Bréfritari: Benedikt Hálfdanarson
Dagsetning: A-1881-10-23
Skrifað á: Vesturheimi

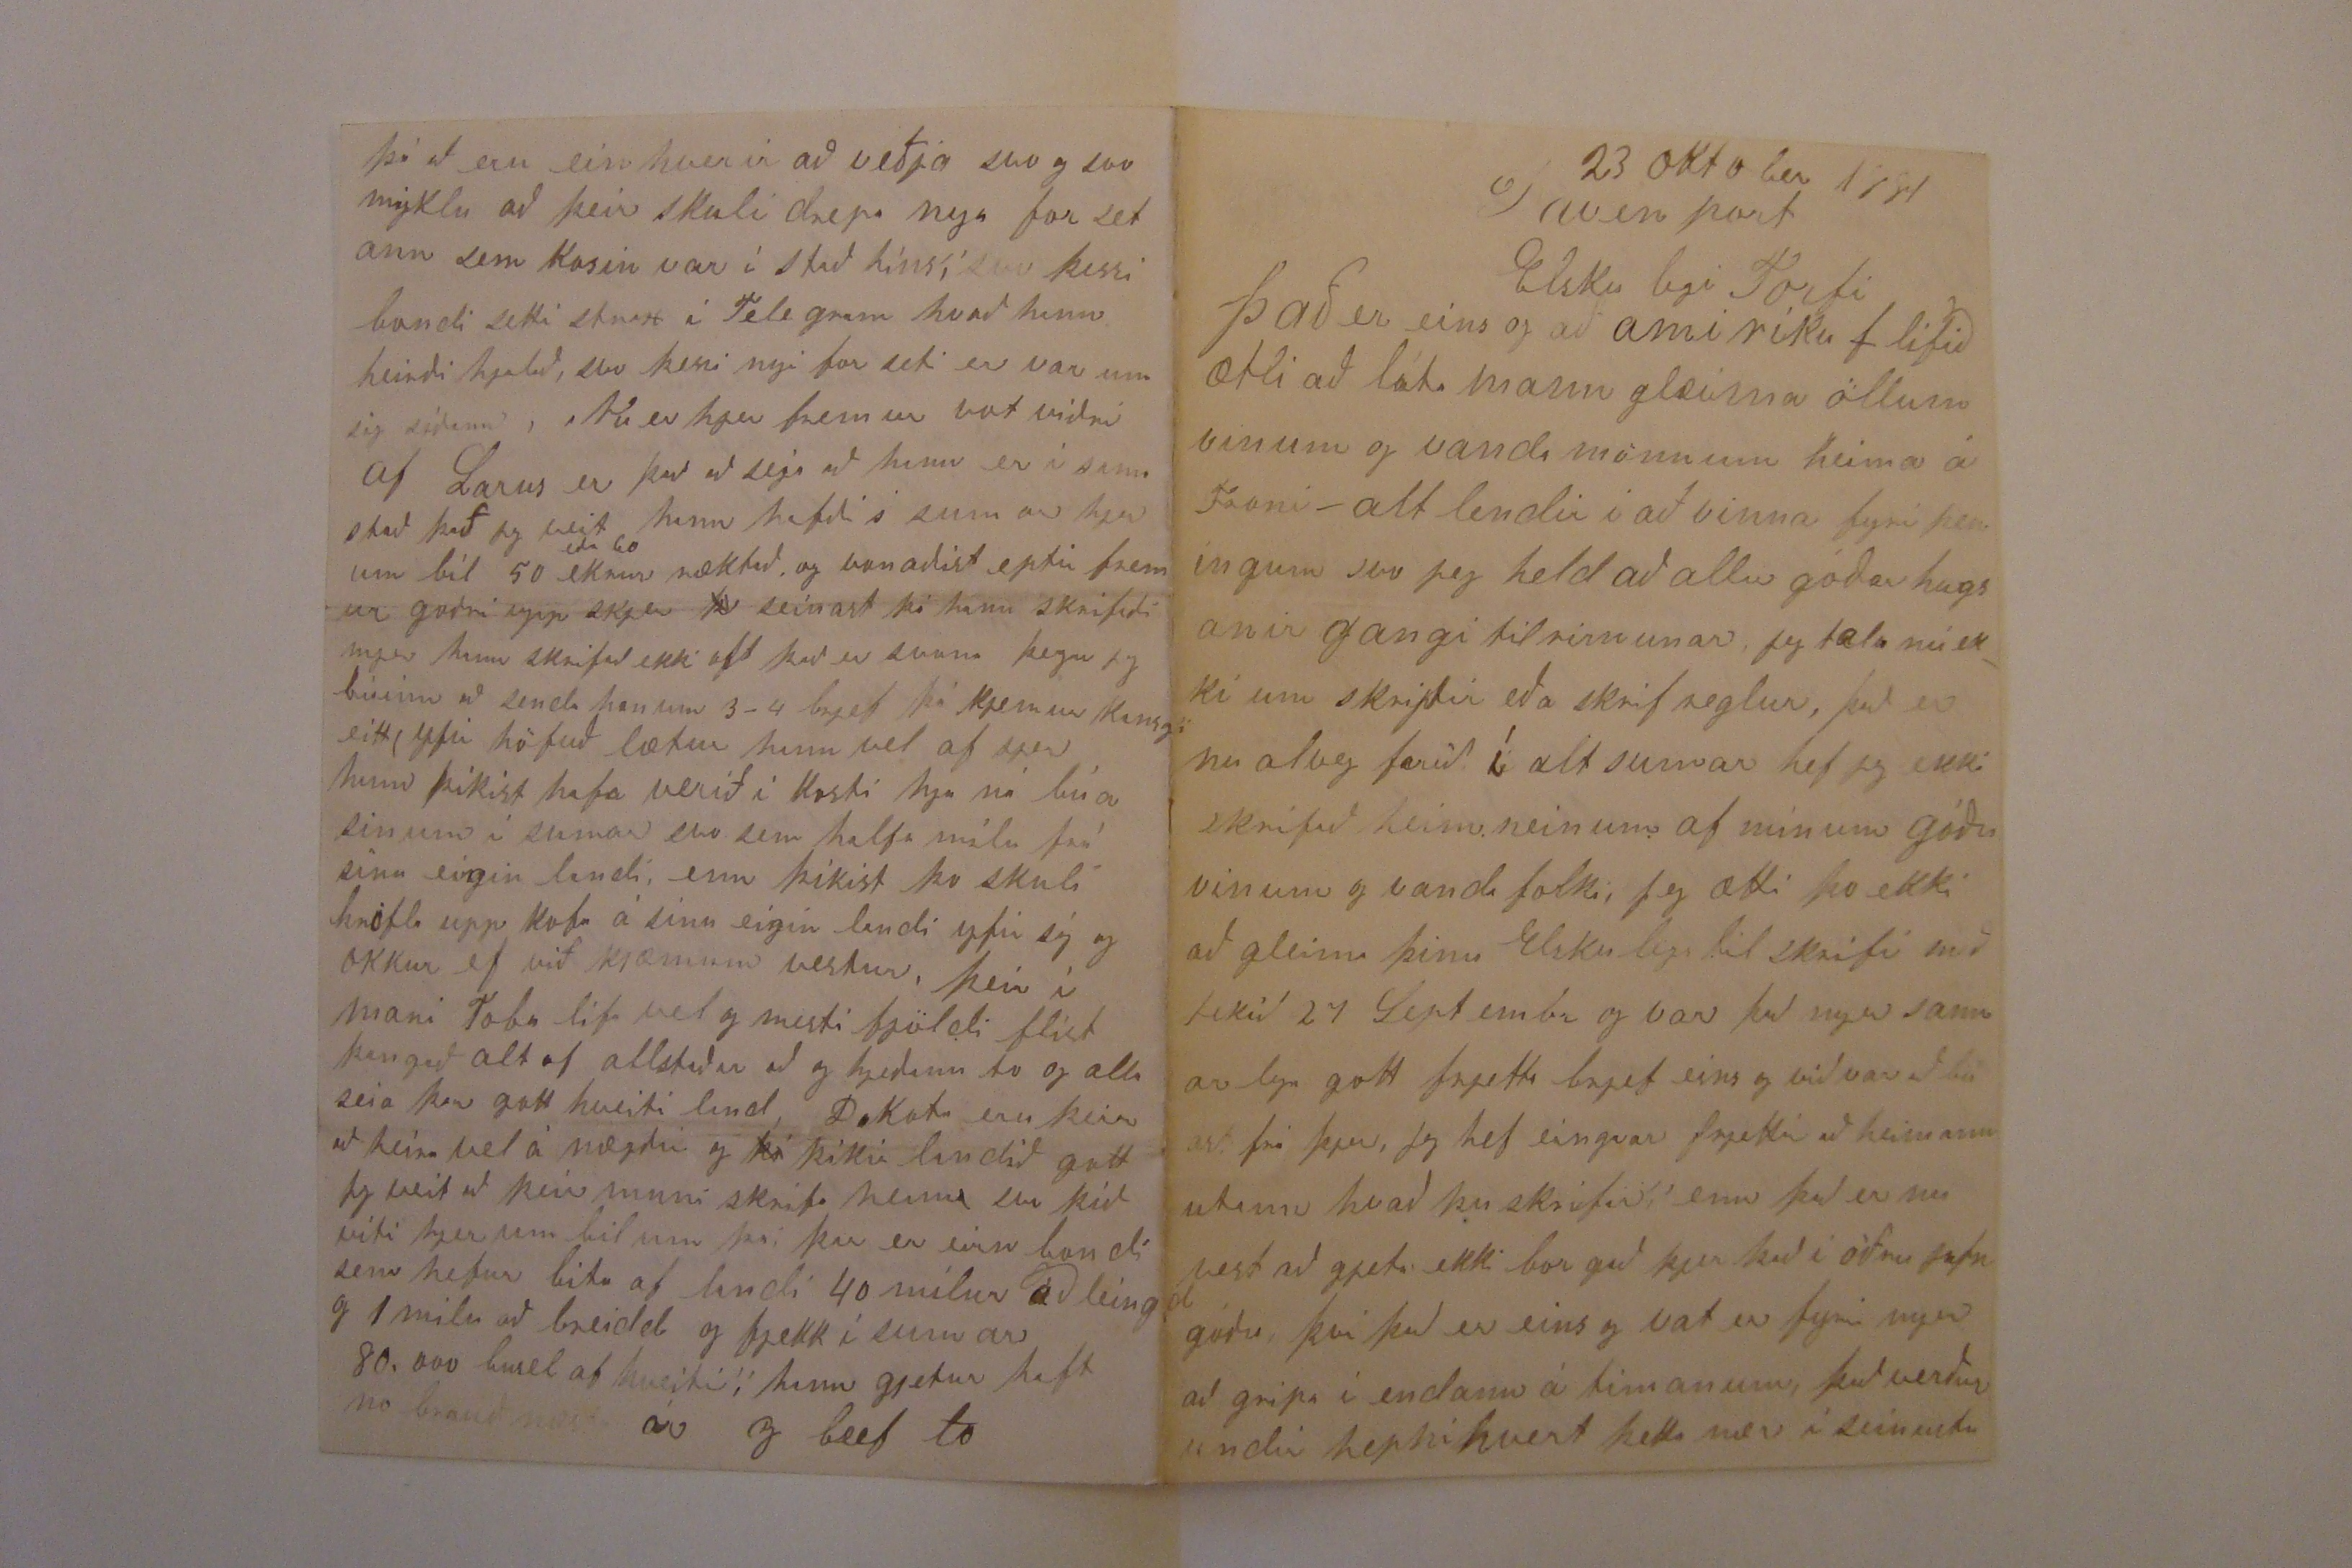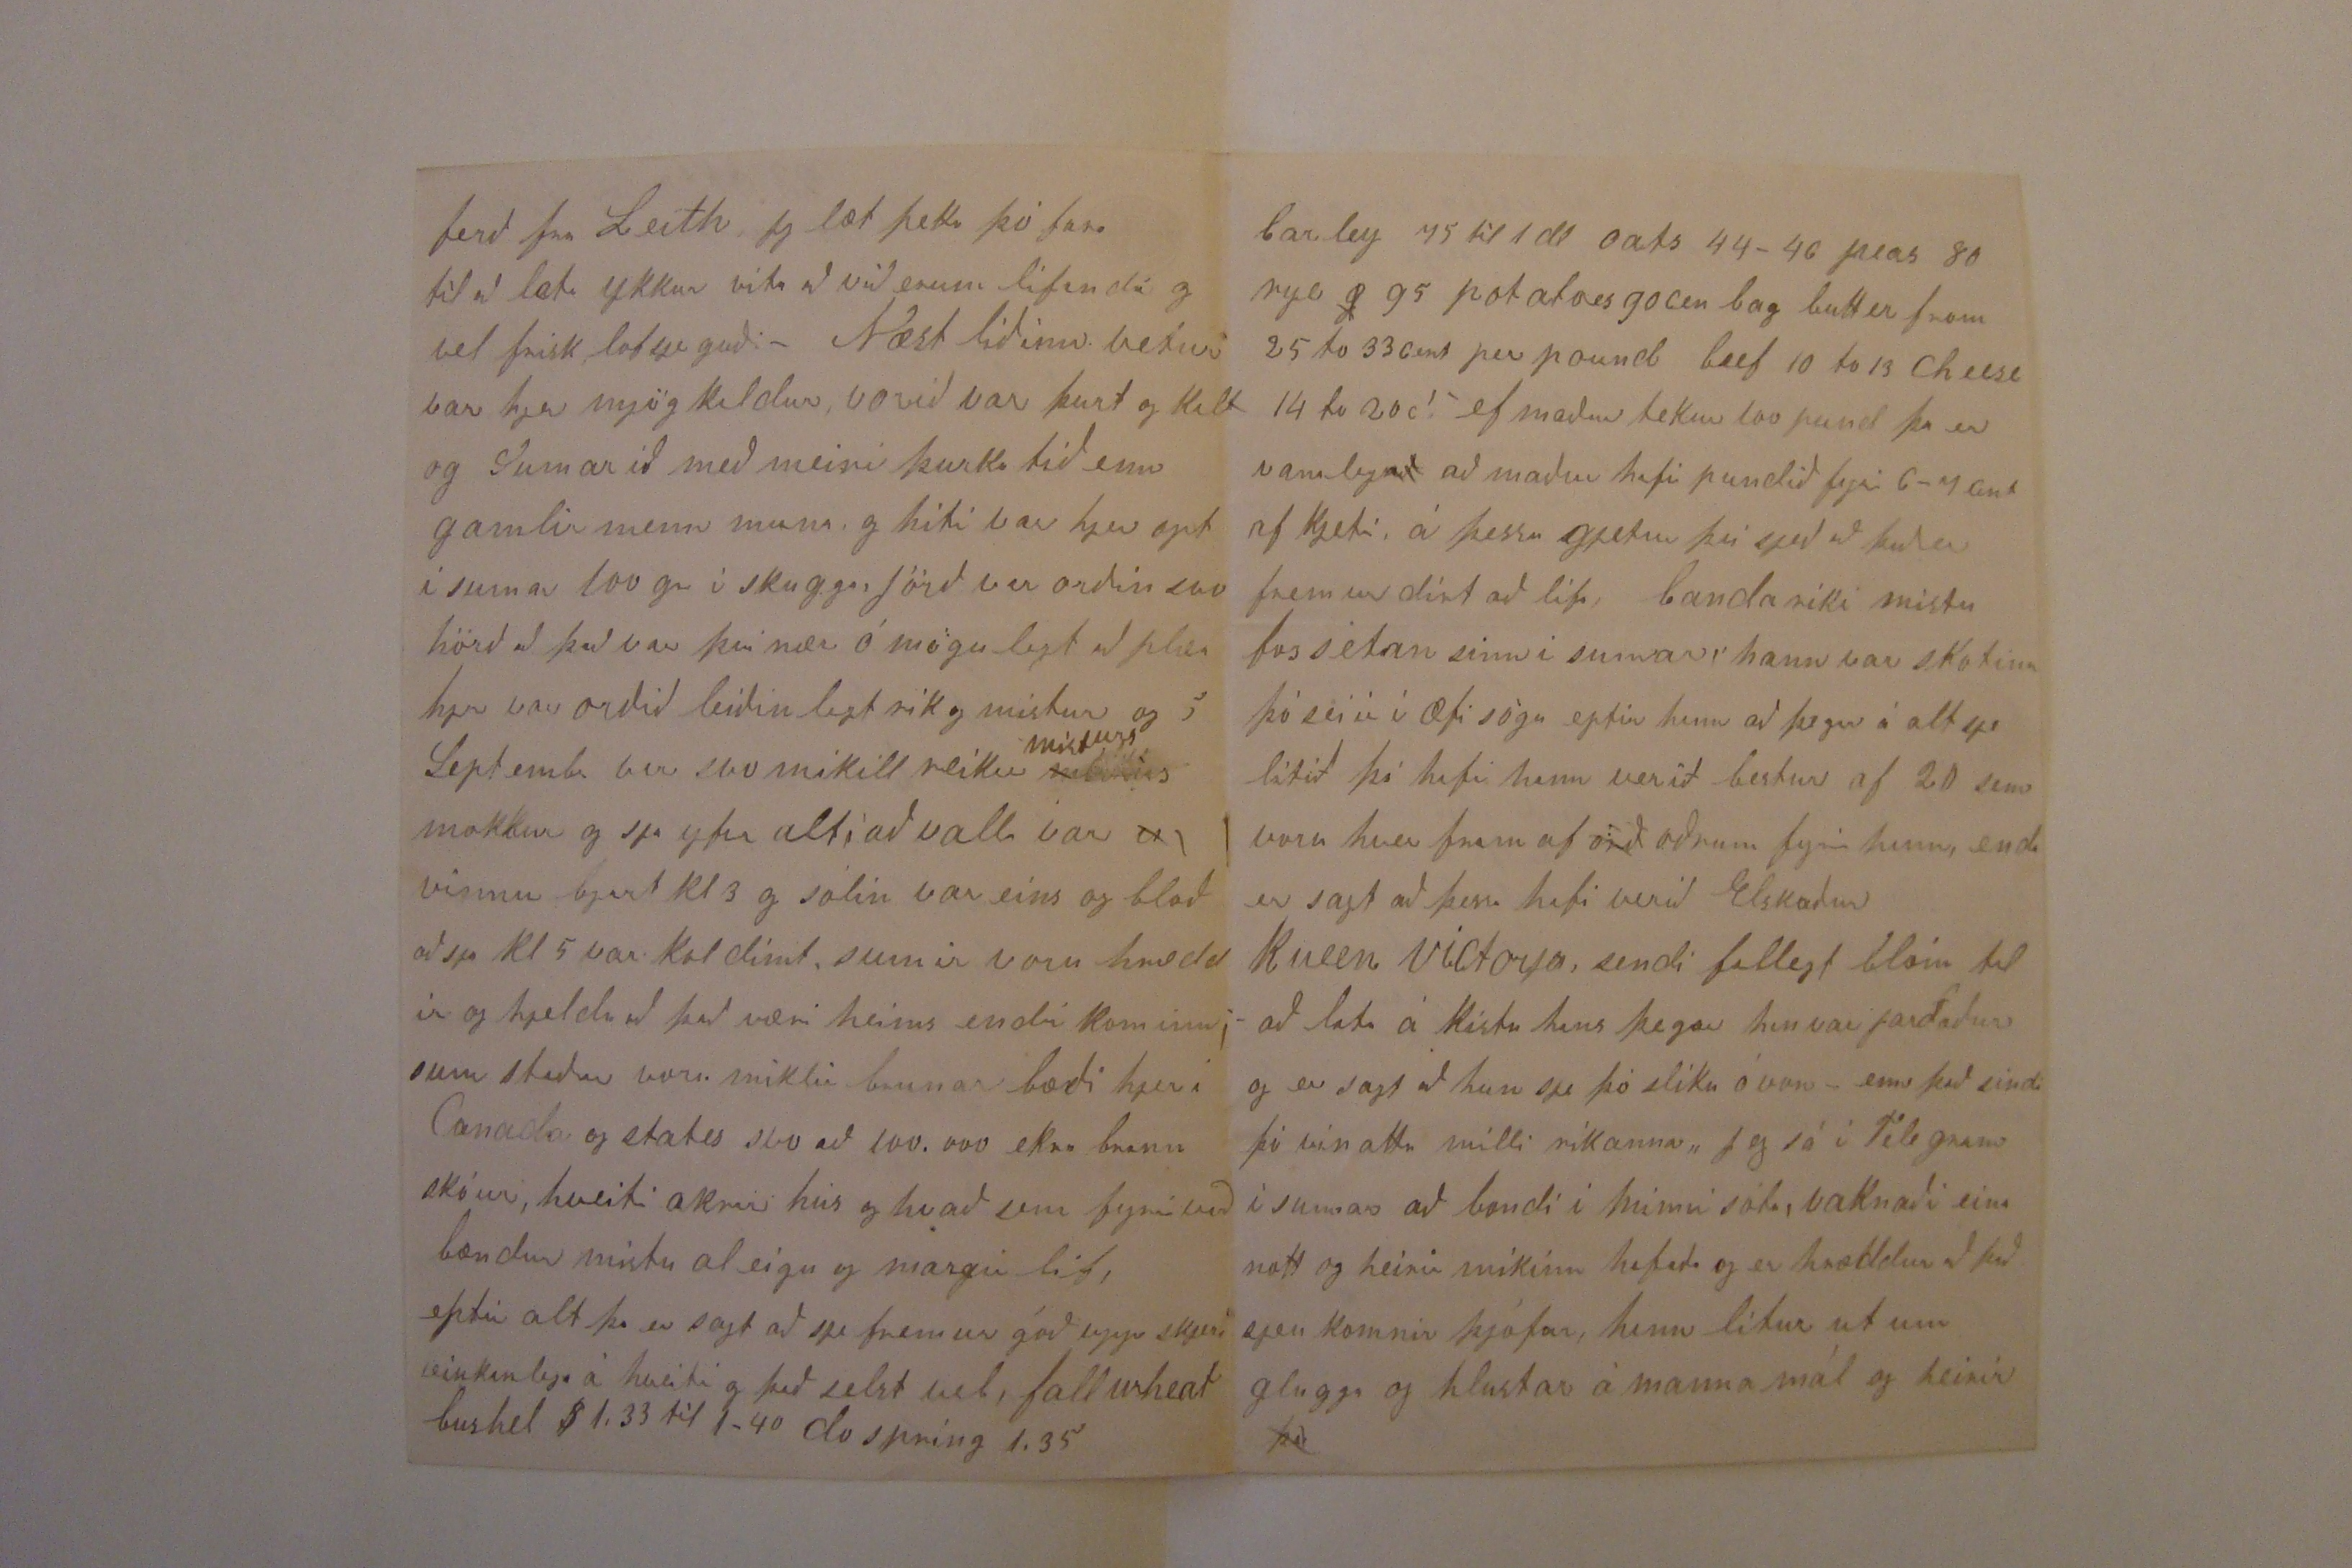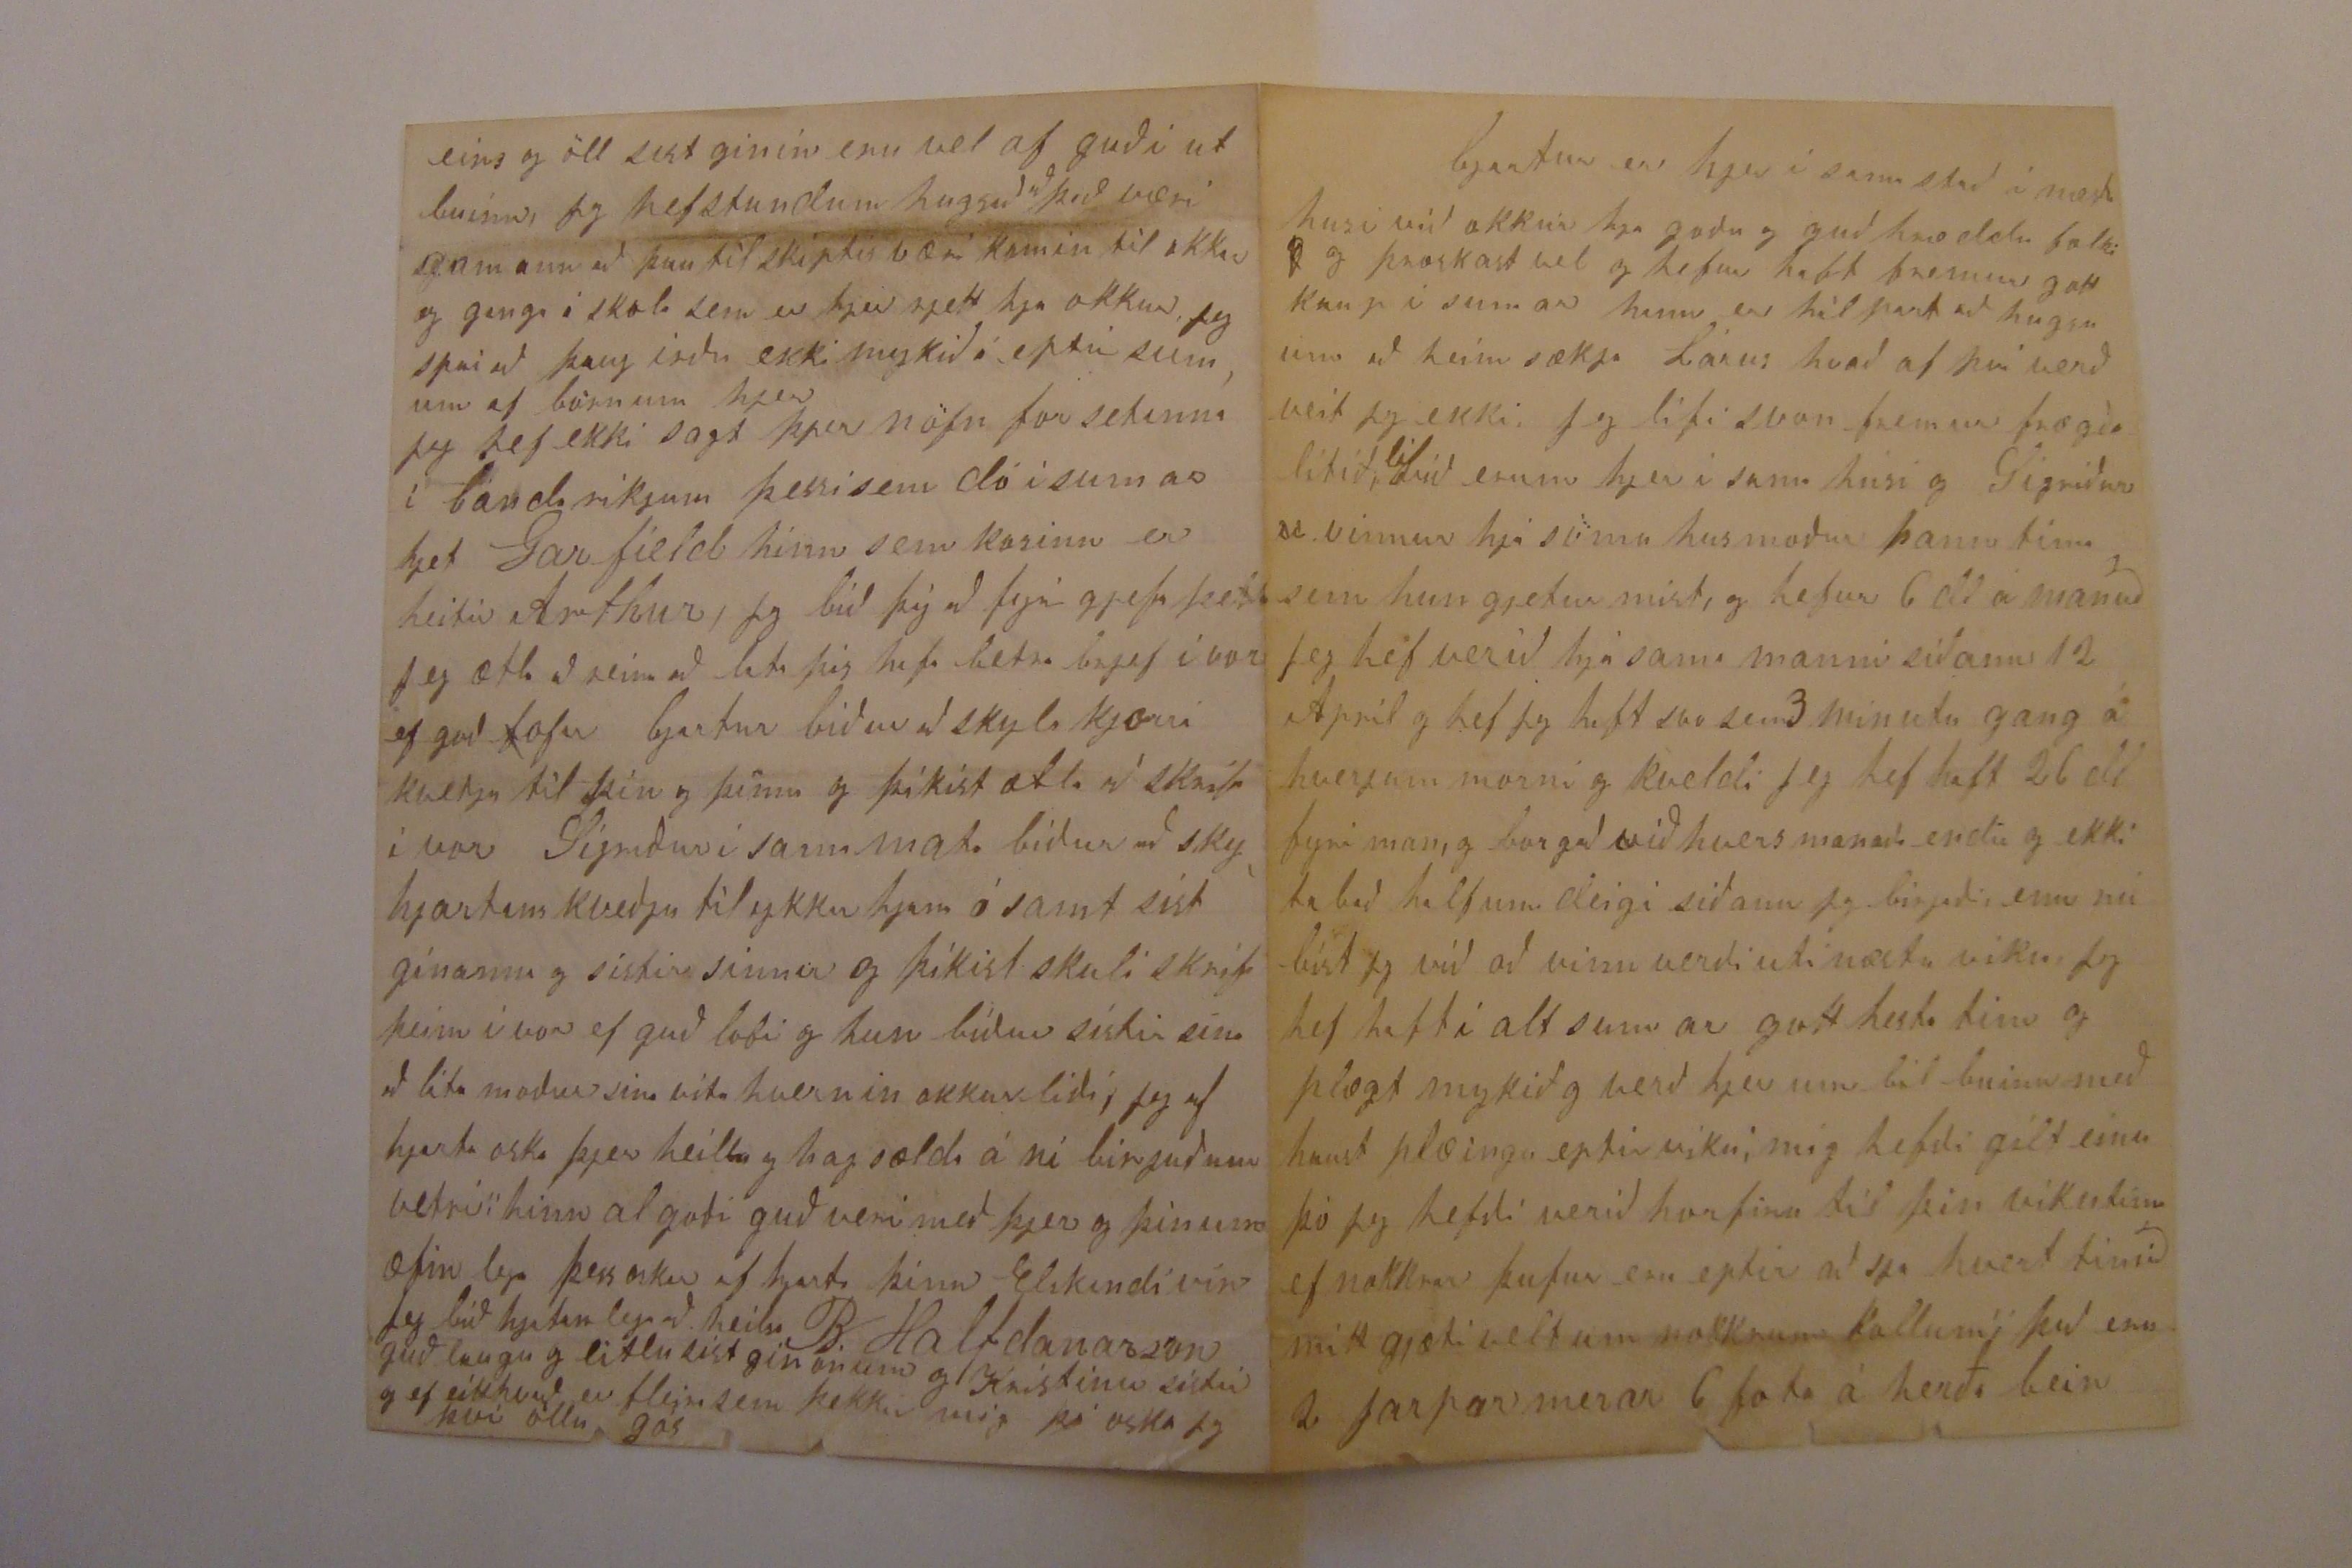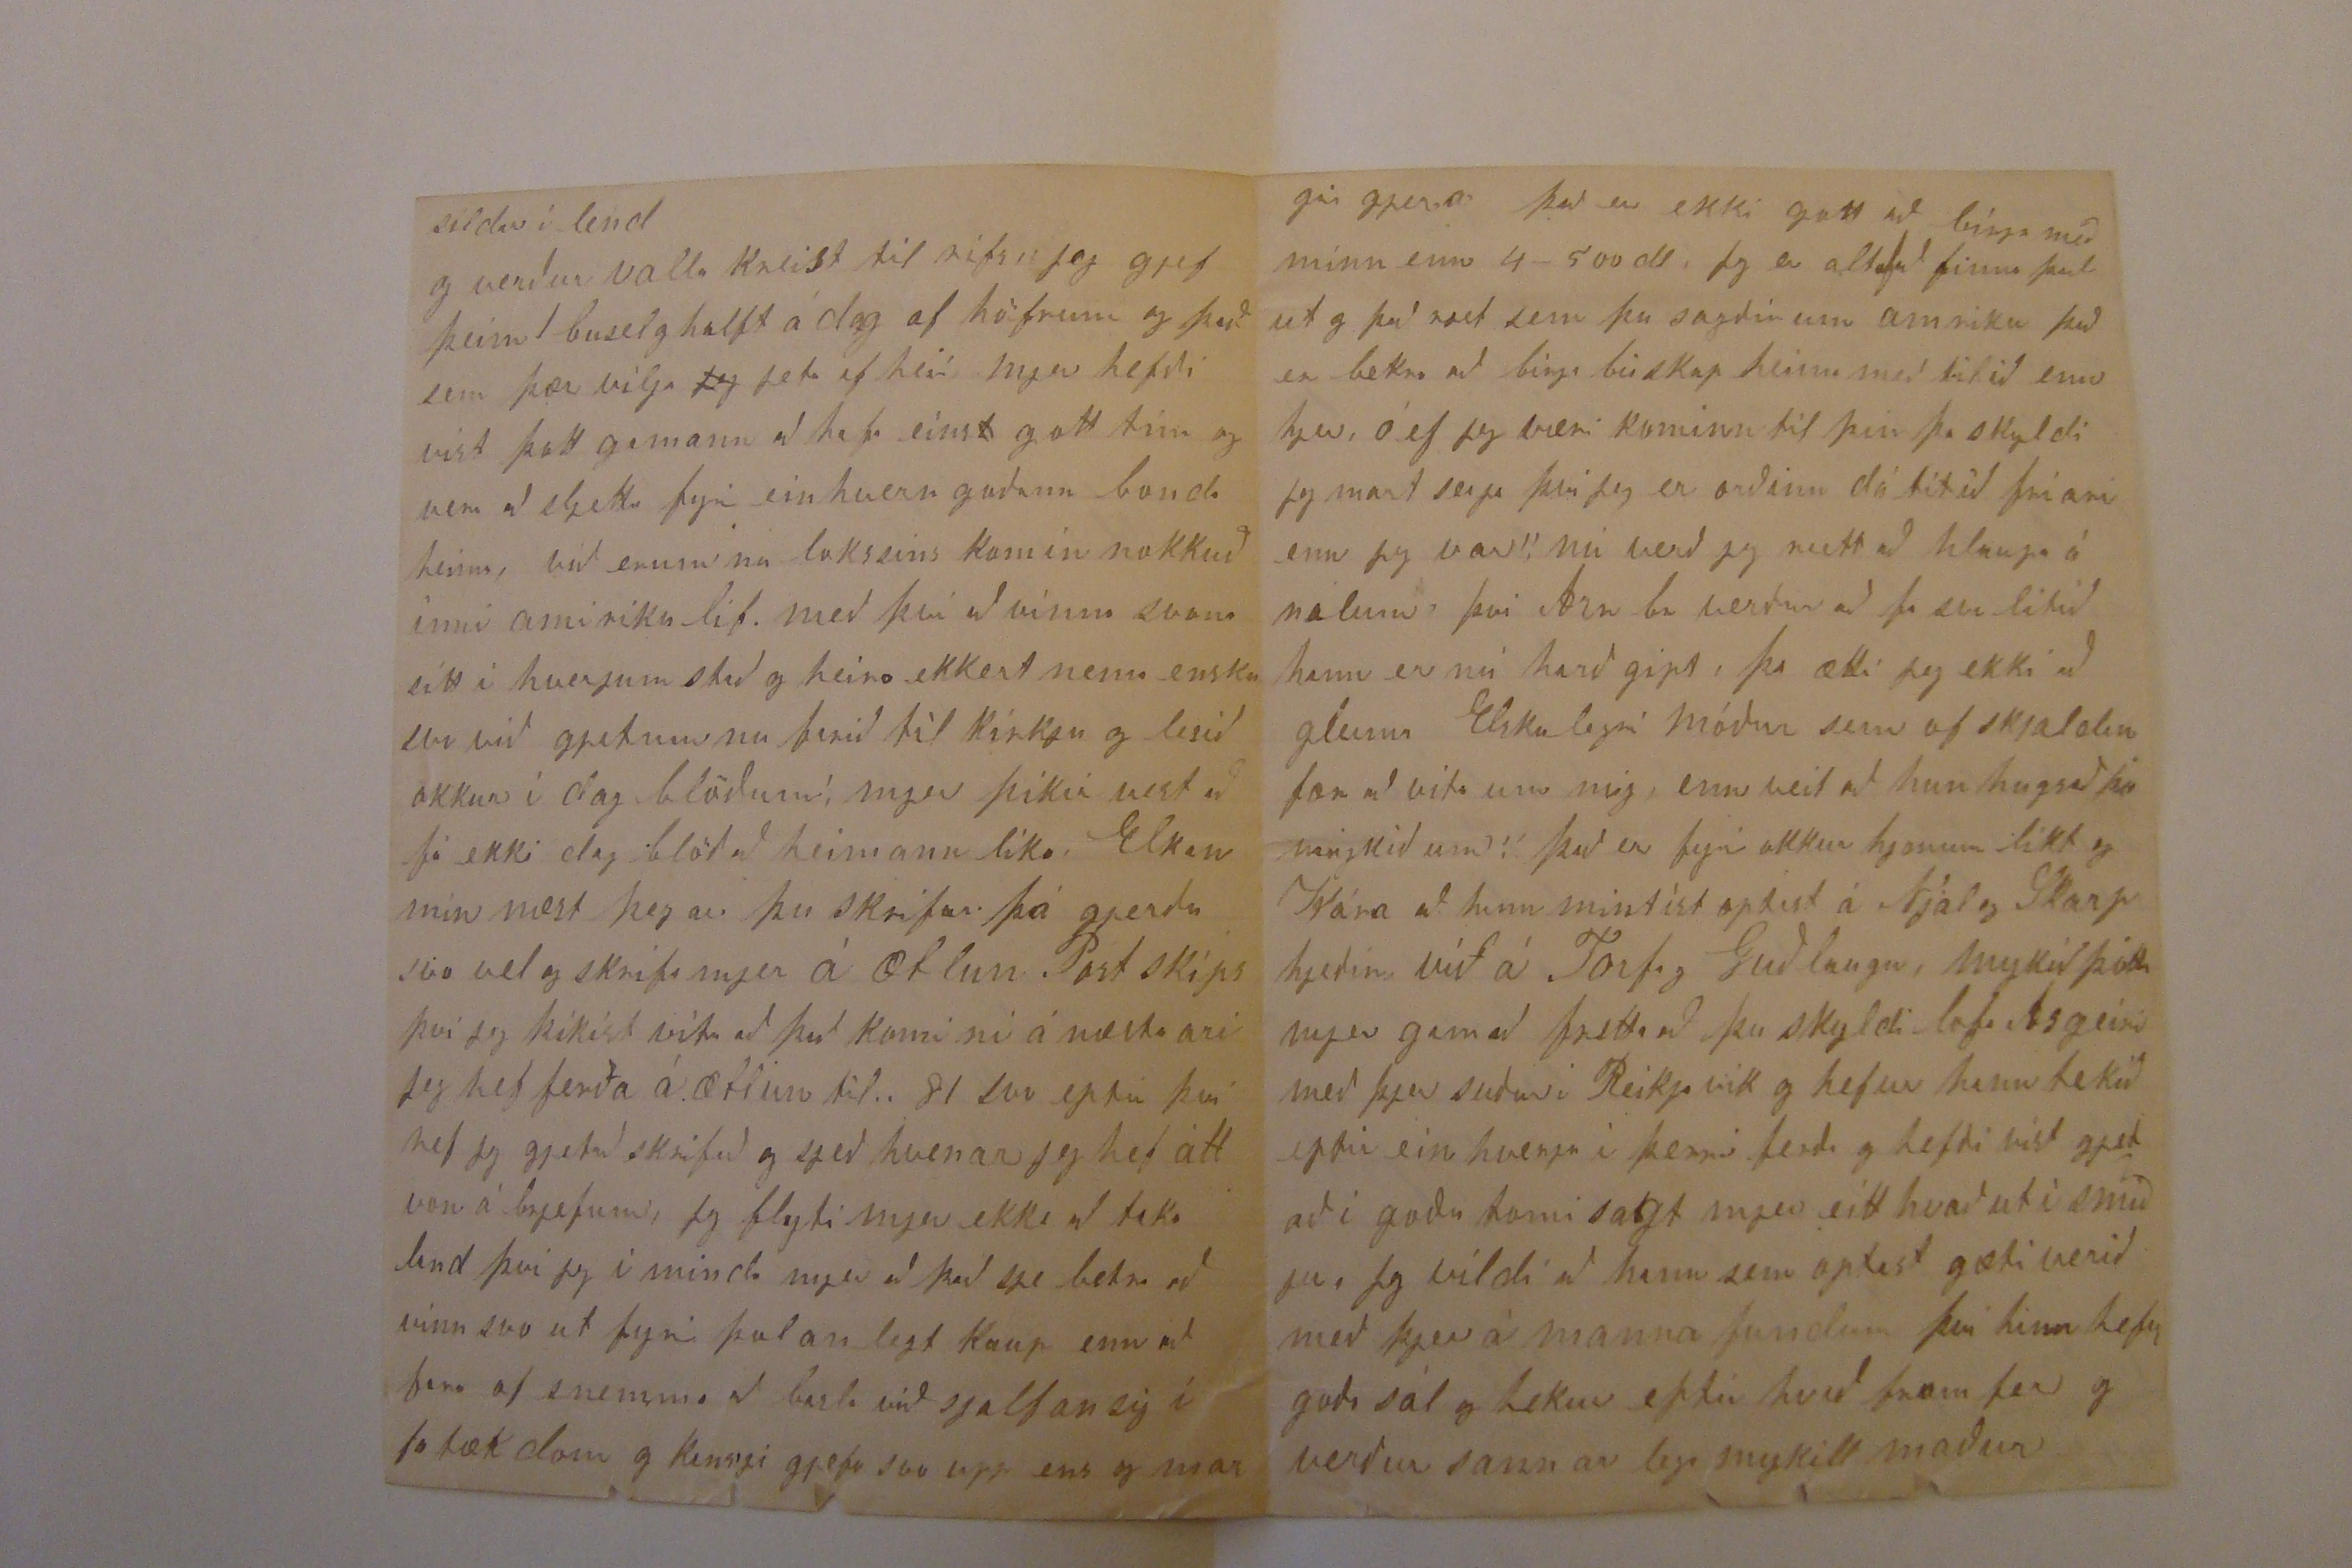

23 Október 1881
Davenport
Elskulegi Torfi
Það er eins og að amiríku
f
lífið ætli að láta mann gleima öllum vinum og vandamönnum heima á Froni - alt lendir í að vinna fyrir peningum svo jeg held að allar góðar hugsanir gangi til rírnunar, jeg tala nú ekki um skriptir eða skrifreglur, það er nu alveg farið í alt sumar hef jeg ekki skrifað heim neinum af mínum góðu vinum og vandafolki, jeg ætti þo ekki að gleima þínu Elskulega tilskrifi með tekið 27 September og var það mjer sannarlega gott frjettabrjef eins og við var að búast frá þjer, jeg hef eingvar frjettir að heimann utann hvað þu skrifaði enn það er nu vest að gjeta ekki borgað þjer það í öðru jafn góðu, því það er eins og
vat
er fyrir mjer að gripa í endann á tímanum það verður undir heppi hvert þetta nær í seinustu
ferð frá Leith jeg læt þetta þó fara til að láta ykkur vita að við erum lifandi og vevl frísk lof sje guði - Næstliðinn vetur var hjer mjög kaldur vorið var þurt og kalt og Sumarið með meiri þurka tíð enn gamlir menn muna og hiti var hjer opt í sumar 100 gr í skugga, jörð var orðin svo hörð að það var því nær ómögulegt að plæa hjer var orðið leiðinlegt rik og mistur og 5 September var svo mikill reikur
00000
misturs
mokkur og sja yfir alt í að valla var
00
vinnu
bjart kl 3 og sólin var eins og blað að sja kl 5 var koldimt, sumir voru hræddir og hjeldu að það væri heims endir kominn, - að sum staðar voru miklir brunar bæði hjer í Canada og states svo að 100.000 ekra brann skóur, hveiti akrar hús og hvað sem fyrir varð bændur mist aleigu og margir líf, eptir alt þa er sagt að sje fremur góð uppskjera einkanlega á hveiti og það selst vel, fall wheat bushel $ 1.33 til 1-40 do spring 1.35
barley 75 til 1 dl oats 44-46 peas 80 rye
g
95 potatoes 90 cen bag butter from 25 to 33 cent per pound beef 10 to 13 Cheese 14 to 20 c ef maður tekur 100 pund þa er vanaleg
ast
að maður hafi pundið
þrjár
6-7 cent af kjeti á þessu gjetur þú sjeð að það er fremur dírt að lifa bandaríki mistu fosetan sinn í sumar hann var skotinn þó seiir í æfisögu eptir hann að þegar á alt sje litið þá hafi hann verið bestur af 20 sem voru hver fram af
örð
öðrum fyrir hann, enda er sagt að þessi hafi verið Elskaður
Kuenn Victoria sendi fallegt blóm til að lata á kistu hans þegar han var jarðaður og er sagt að hun sje þó slíku ónon - enn það síndi þó vinattu milli ríkanna, jeg sá í Telegram í sumar að bondi í Minnisóta, vaknaði eina nott og heiri mikinn hafaða og er hræddur að það sjeu komnir þjófar hann lítur ut um glugga og hlustar á mannamál og heiri
þa
þó að eru einhverir að veðja svo og svo myklu að þeir skuli drepa nua forsetann sem kosin var í stað hins, þessi bondi setti strax í Telegram hvað hann heirði hjalað, svo þessi nyi forseti er var um sig síðan, Nú er hjer fremur votviðri af Larus er það að sega að hann er í sama stað það jeg veit hann hafði í sumar hjer um bil 50
eða 60
ekrur ræktað, og vonaðist eptir fremur goðri uppskjer
þ
seinast þá hann skrifaði mjer hann skrifað ekki oft það er svona þegar jeg
búinn
að senda honum 2-4 brjef þá kjemur kansgi eitt yfir höfuð lætur hann vel af sjer hann þikist hafa verið í kosti hjá ná búa sínum í sumar svo sem halfa mílu frá sínu eigin landi enn þikist þo skuli hrofla upp
kofa
á sínu eigin landi yfir sig og okkur ef við kjæmum vestur, þeir í mani Toba lifa vel og mesti fjöldi flist þangað altaf allstaðar að og hjeðann
to
og alli seia þar gott hveiti land, Dakota eru
þeir
að heira vel á nægðir og
þó
þikir landið gott jeg veit að þeir muni skrifa heim svo þið viti hjer um bil um það þar er eirn bondi sem hefur bita af landi 40 mílur að leingd og 1 mílu að breidd og fjekk í sumar 80.000 busel af hveiti. hann gjetur haft 0000000000000 ár og beef to
bjartur er hjer í sama stað í næsta húsi við okkur hja goðu og guðhræddu folki
g
og þroskast vel og hefur haft fremur gott kaup í sumar hann er hálpart að hugsa um að heimsækja Lárus hvað af því verð veit jeg ekki Jeg lifi svon fremur frægða lítið
lif
við erum hjer í sama húsi og Sigríður 00 vinnur hjá sömu husmoður þann tíma sem hun gjetur mist, og hefur 6 dl á mánuð Jeg hef verið hjá sama manni síðann 12 Apríl og hef jeg haft svo sem 3 mínutu gang á hverjum morni og hveldi jeg hef haft 25 dl fyrir man, og borgað við hvers manaða endir og ekki tabað hálfum deigi síðann jeg birjaði enn nú bíst jeg við að vinn verði uti næstu vikur Jeg hef haft í alt sumar gott hesta tim og plægt mykið og verð hjer um bil buinn með haust plæingu eptir viku, mig hefði gilt einu þó jeg hefði verið horfinn til þín vikutíma ef nokkrar þufur eru eptir að sja hvert timið mitt gæti velt um nokkrum kollum, það eru 2 jarpar merar 6 fota á herða bein
sildar
í lend
og verður valla kreist til
rifru
jeg gjef þeim 1 busel g halft á dag af höfrum og það sem þær vilja
jeg
jeta af heii mjer hefði víst þott gamann að hafa eins
t
gott tím og veri að sljettu fyrir einhvern goðann bonda heima, við erum nu loksins komin nokkuð inní amiríku líf með því að vinna svona sitt í hverjum stað og heira ekkert nema ensku svo við gjetum nu farið til kirkju og lesið okkur í dagblöðum mjer þikir vest að fá ekki dag blöð að heimann líka Elskan mín næst þegar þu skrifar þá gjerðu svo vel og skrifa mjer á ætlun Post skips því jeg þikist vita að það komi nú á næsta ári jeg hef ferða áætlun til.. 81 svo eptir því hef jeg gjetað skrifað og sjeð hvenær jeg hef átt vona á brjefum, jeg fluti mjer ekki að taka land því jeg íminda mjer að það sje betra að vinna svo ut fyrir þolanlegt kaup enn að fara of snemma að basla við sjalfan sig í fatækdom og kansgi gjefa svo upp ens og mar
gir gjera það er ekki gott að bigga
nu
minn enn
4-500 dl, jeg er altaf
að
finna það ut, og
það
rjet sem þu sagðir um amríku það er betra að birja búskap heima með lítið enn hjer, ó ef jeg væri kominn til þín þa skyldi jeg mart seiga því jeg er orðinn dálítið fríari enn jeg var, nú verð jeg rjett að hlaupa á
nálina
því Arn br verður að fa svo lítið hann er nú harðgipt, þa ætti jeg ekki að gleima Elskulegri móður sem of sjaldan fær að vita um mig, enn veit að hun hugsað þó mykið um, það er fyrir okkur hjonum líkt og Kára að hann minstist optast á Njál og Skarphjeðinn við á Torfi og Guðlaugur, mykið þótti mjer gam að frjetta að þu skyldir lofa Asgeiri með þjer suður í Reikjavík og hefur hann tekið eptir einhverju í þeirri ferð og hefði víst gjetað í goðu tomi sagt mjer eitthvað utí smiðju, jeg vildi að hann sem optast gæti verið með þjer á mannafundum því hann hefur góða sál og tekur eptir hvað fram fer og verður sannarlega mykill maður
eins og öll sistginin eru vel af guði ut buinn, jeg hef stundum hugsað
að
það væri gamann að þau til skiptis væri komin til okkar og gengi í skola sem er hjer rjett hja okkur, jeg spai að þaug irðu ekki mykið á eptir sumum af börnum hjer
jeg hef ekki sagt þjer nöfn forsetanna í bandaríkjum þessi sem dó í sumar hjet Garfield hinn sem kosinn er heitir Arthur, jeg bið þig að fyrirgjefa þetta jeg ætla að reina að lata þig hafa betra brjef í vor ef guð lofar bjartur biður að skyla kjærri kveðju til þín og þinna og þikist ætla að skrifa í vor Sigríður í sama mata biður að skyla hjartans kveðju til ykkar hjona ásamt sistginanna og sistir sinnar og þikist skuli skrifa heim í vor ef guð lofi og hun biður sistir sína að láta moður sína vita hvernin okkur líði, jeg af hjarta oska þjer heilla og hagsæla á ní birjuðum vetri, hinn algoði guð veri með þjer og þínum æfinlega þess oskar af hjarta þinn Elskandi vin
B Halfdanarson
Jeg bið hjartanlega að heilsa guðlaugu og litlu sistginonum og Kistínu sistir og ef eitthvað er fleira sem þekkir mig þá oska jeg því öllu gós